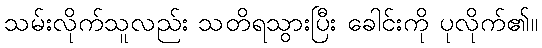
သမ်းလိုက်သူလည်း သတိရသွားပြီး ခေါင်းကို ပုလိုက်၏။